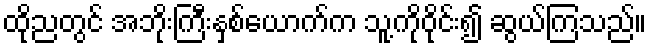
ထိုညတွင် အဘိုးကြီးနှစ်ယောက်က သူ့ကိုဝိုင်း၍ ဆွယ်ကြသည်။